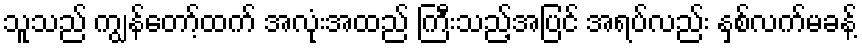
သူသည် ကျွန်တော့်ထက် အလုံးအထည် ကြီးသည့်အပြင် အရပ်လည်း နှစ်လက်မခန့်